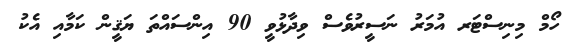
ހޯމް މިނިސްޓަރ އުމަރު ނަސީރުވެސް ވިދާޅުވީ 90 އިންސައްތަ ޔަޤީން ކަމާއި އެކު